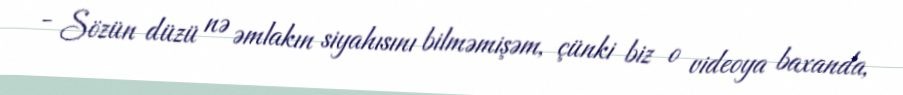
- Sözün düzü nə əmlakın siyahısını bilməmişəm, çünki biz o videoya baxanda,